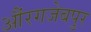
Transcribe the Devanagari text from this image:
औंरगजेबपुर